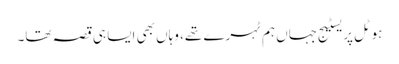
ہوٹل پریسٹیج جہاں ہم ٹہرے تھے، وہاں بھی ایسا ہی قصہ تھا۔